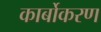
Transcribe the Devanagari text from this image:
कार्बोकरण